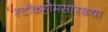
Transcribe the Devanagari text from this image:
स्टॉकहोमसारख्या